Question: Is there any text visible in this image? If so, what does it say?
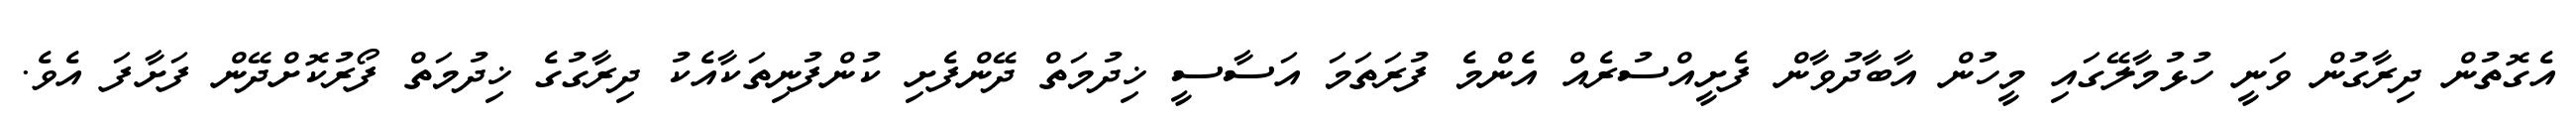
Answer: އެގޮތުން ދިރާގުން ވަނީ ހުޅުމާލޭގައި މީހުން އާބާދުވާން ފެށީއްސުރެއް އެންމެ ފުރަތަމަ އަސާސީ ޚިދުމަތް ދޭންފެށި ކުންފުނިތަކާއެކު ދިރާގުގެ ޚިދުމަތް ފޯރުކޮށްދޭން ފަށާފަ އެވެ.